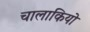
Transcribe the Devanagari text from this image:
चालाकियो